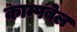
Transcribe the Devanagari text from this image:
काम्पबेल